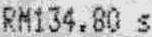
RM134.80 S